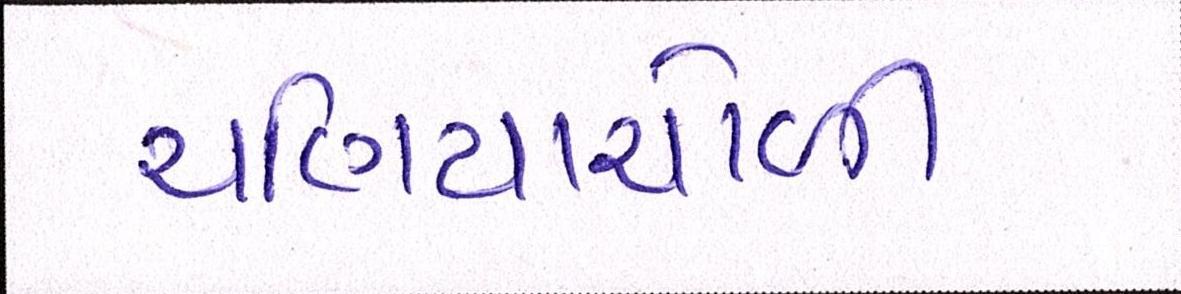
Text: ચણિયાચોળી